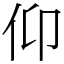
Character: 仰